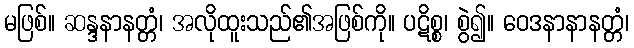
မဖြစ်။ ဆန္ဒနာနတ္တံ၊ အလိုထူးသည်၏အဖြစ်ကို။ ပဋိစ္စ၊ စွဲ၍။ ဝေဒနာနာနတ္တံ၊